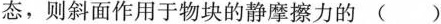
态，则斜面作用于物块的静摩擦力的 ()